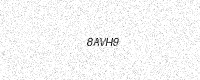
Text: 8AVH9